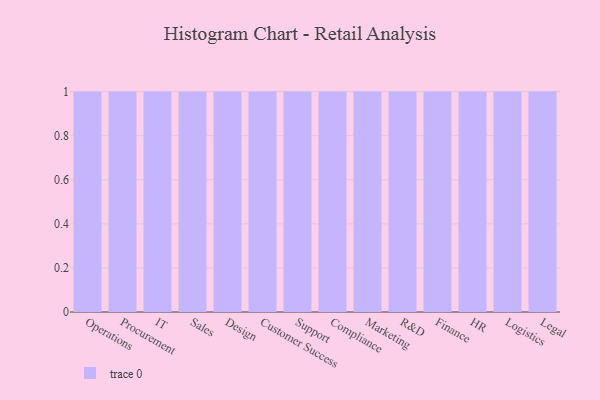
{"axis": {"x": "Department", "y": "Satisfaction Score"}, "legend": [""], "data": [{"x": "Operations", "y": 15, "type": ""}, {"x": "Procurement", "y": 36, "type": ""}, {"x": "IT", "y": 81, "type": ""}, {"x": "Sales", "y": 53, "type": ""}, {"x": "Design", "y": 8, "type": ""}, {"x": "Customer Success", "y": 44, "type": ""}, {"x": "Support", "y": 46, "type": ""}, {"x": "Compliance", "y": 76, "type": ""}, {"x": "Marketing", "y": 71, "type": ""}, {"x": "R&D", "y": 56, "type": ""}, {"x": "Finance", "y": 44, "type": ""}, {"x": "HR", "y": 32, "type": ""}, {"x": "Logistics", "y": 35, "type": ""}, {"x": "Legal", "y": 12, "type": ""}]}